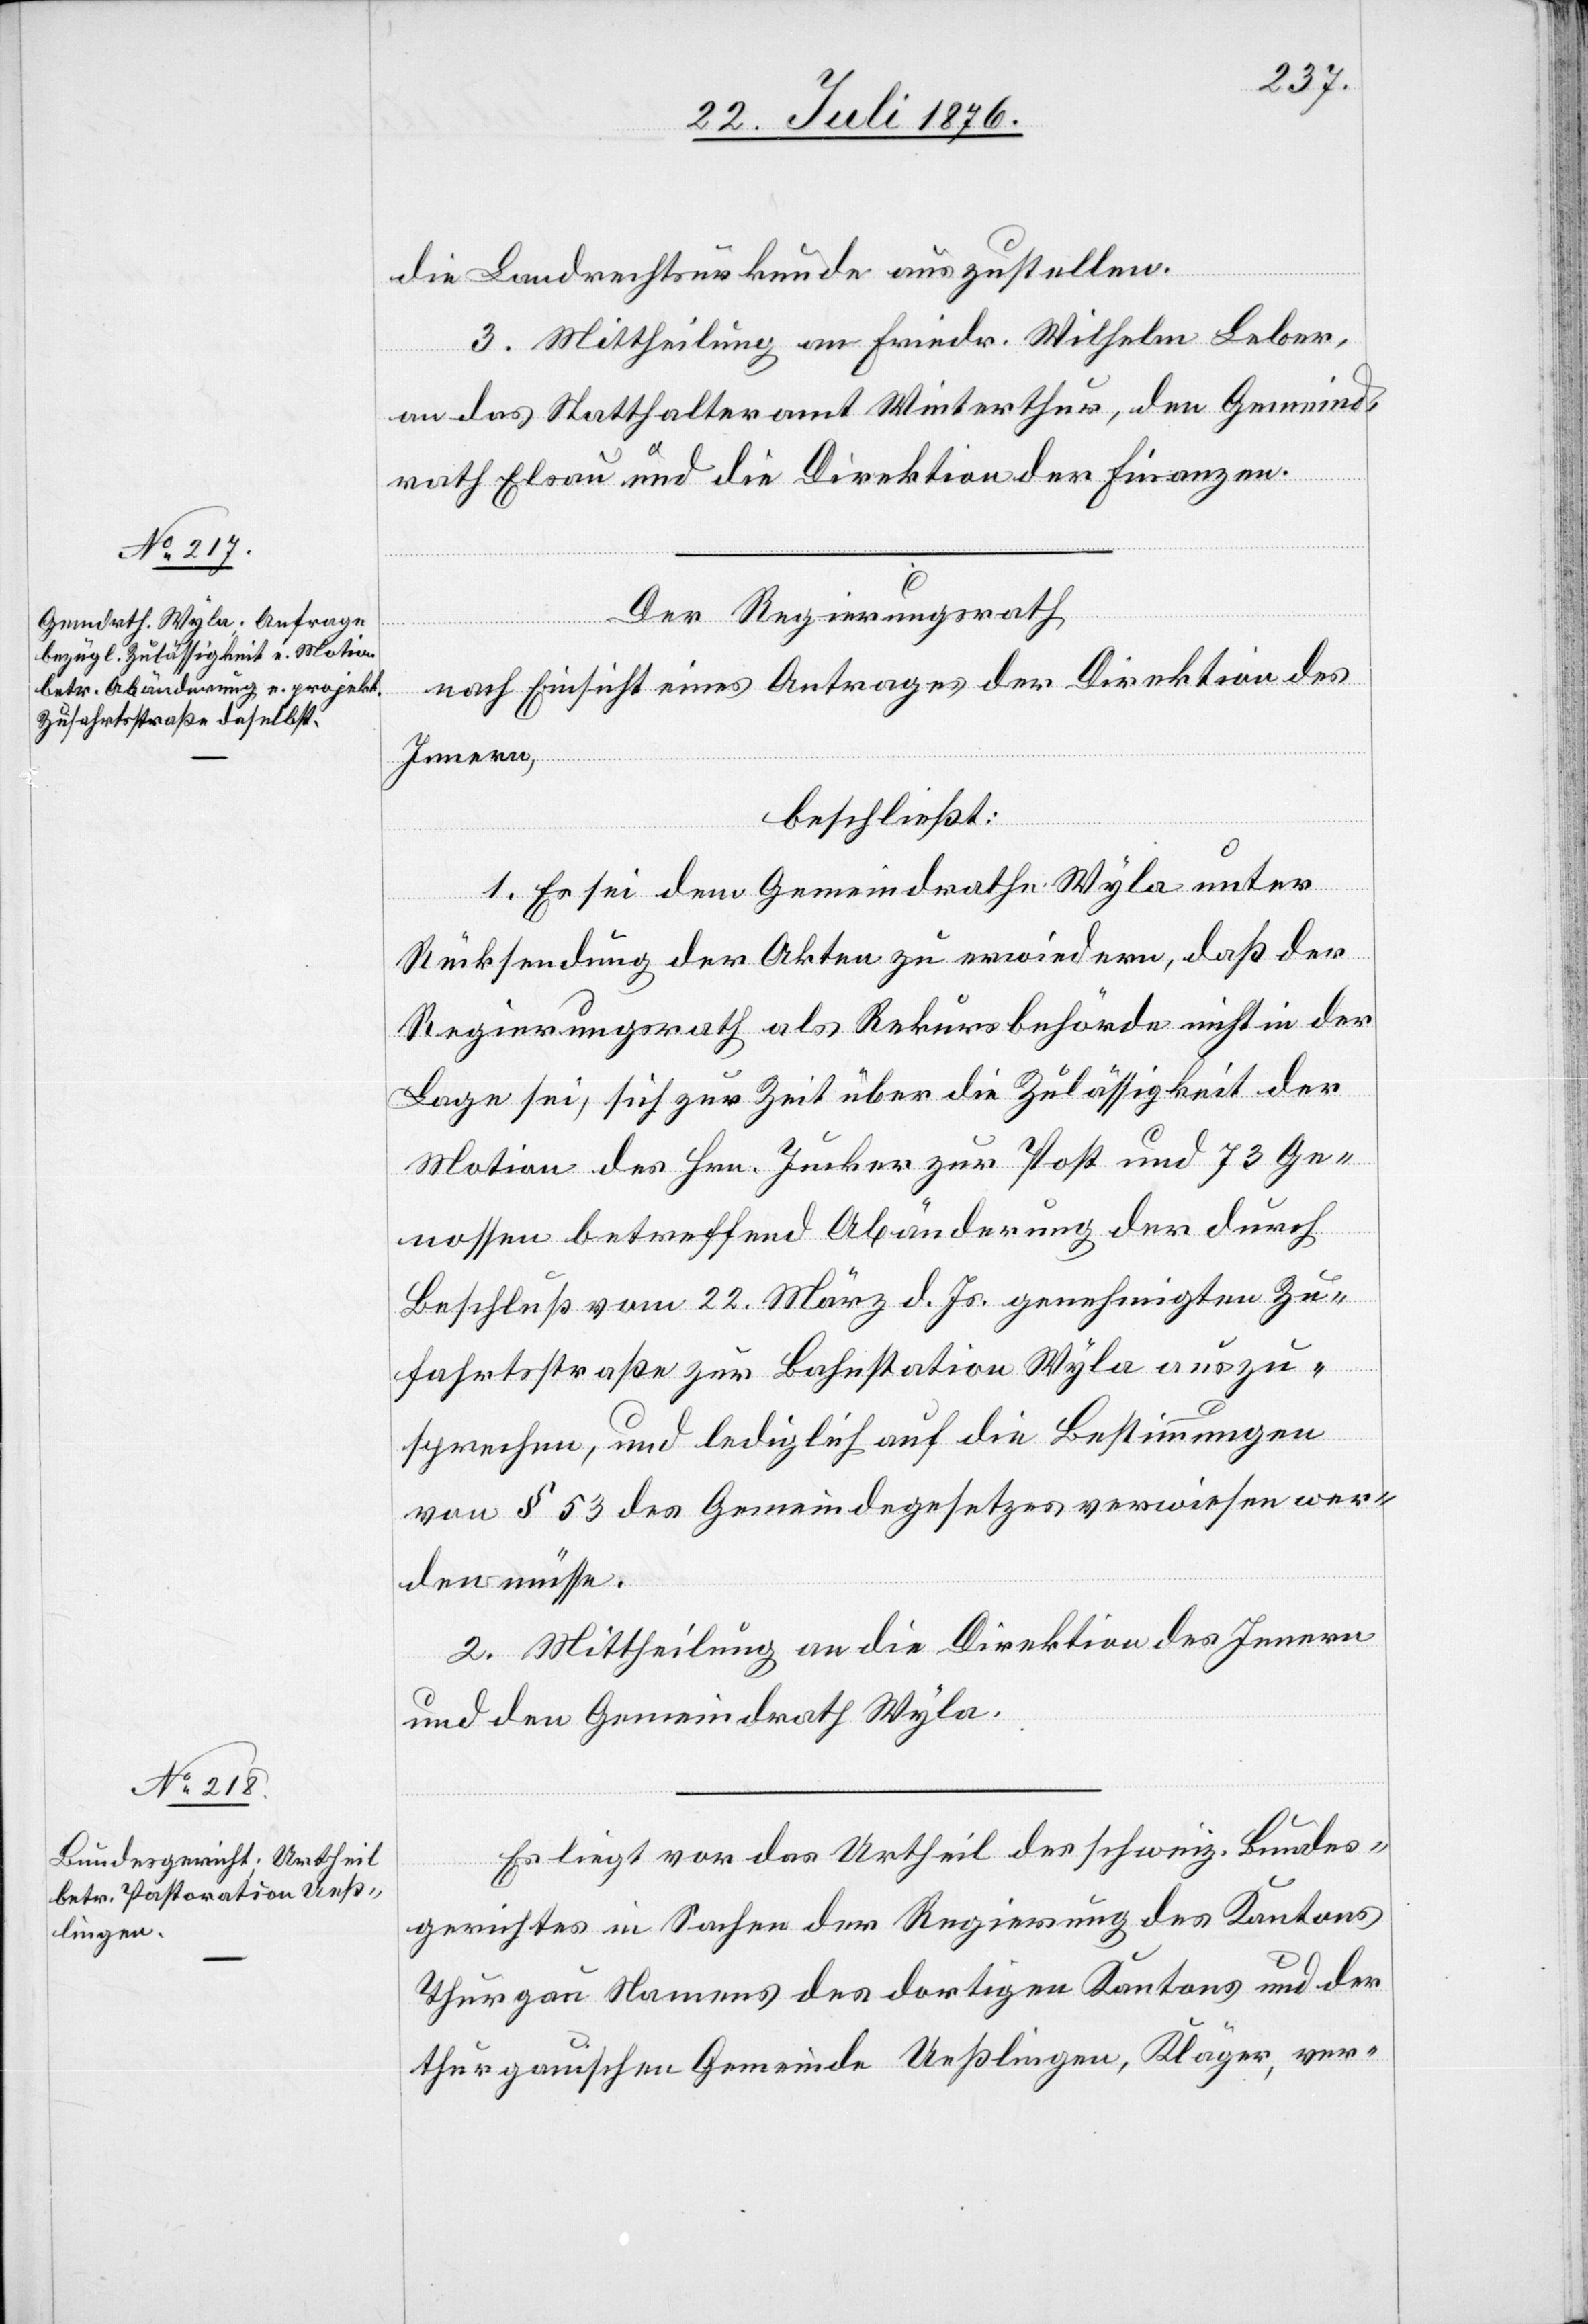
die Landrechtsurkunde auszustellen.
3. Mitteilung an Friedr. Wilhelm Leber,
an das Statthalteramt Winterthur, den Gemeind¬
rath Elsau und die Direktion der Finanzen.
Der Regierungsrath,
nach Einsicht eines Antrages der Direktion des
Innern,
beschließt:
1. Es sei dem Gemeindrath Wyla unter
Rücksendung der Akten zu erwiedern, das der
Regierungsrath als Rekursbehörde nicht in der
Lage sei, sich zur Zeit über die Zulässigkeit der
Motion des Hrn. Jucker zur Post und 73 Ge¬
nossen betreffend Abänderung der durch
Beschluß vom 22. März d. Js. genehmigten Zu¬
fahrtsstraße zur Bahnstation Wyla auszu¬
sprechen, und lediglich auf die Bestimmungen
von § 53 des Gemeindegesetzes verwiesen wer¬
den müsse.
2. Mittheilung an die Direktion des Innern
und den Gemeindrath Wyla.
Es liegt vor das Urtheil des schweiz. Bundes¬
gerichtes in Sachen der Regierung des Kantons
Thurgau Namens des dortigen Kantons und der
thurgauischen Gemeinde Ueßlingen, Kläger, ver-